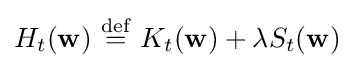
H_{t}(\mathbf {w} )\ {\stackrel {\mathrm {def} }{=}}\ K_{t}(\mathbf {w} )+\lambda S_{t}(\mathbf {w} )